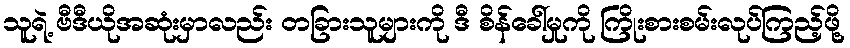
သူရဲ့ ဗီဒီယိုအဆုံးမှာလည်း တခြားသူများကို ဒီ စိန်ခေါ်မှုကို ကြိုးစားစမ်းလုပ်ကြည့်ဖို့